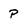
Character: P